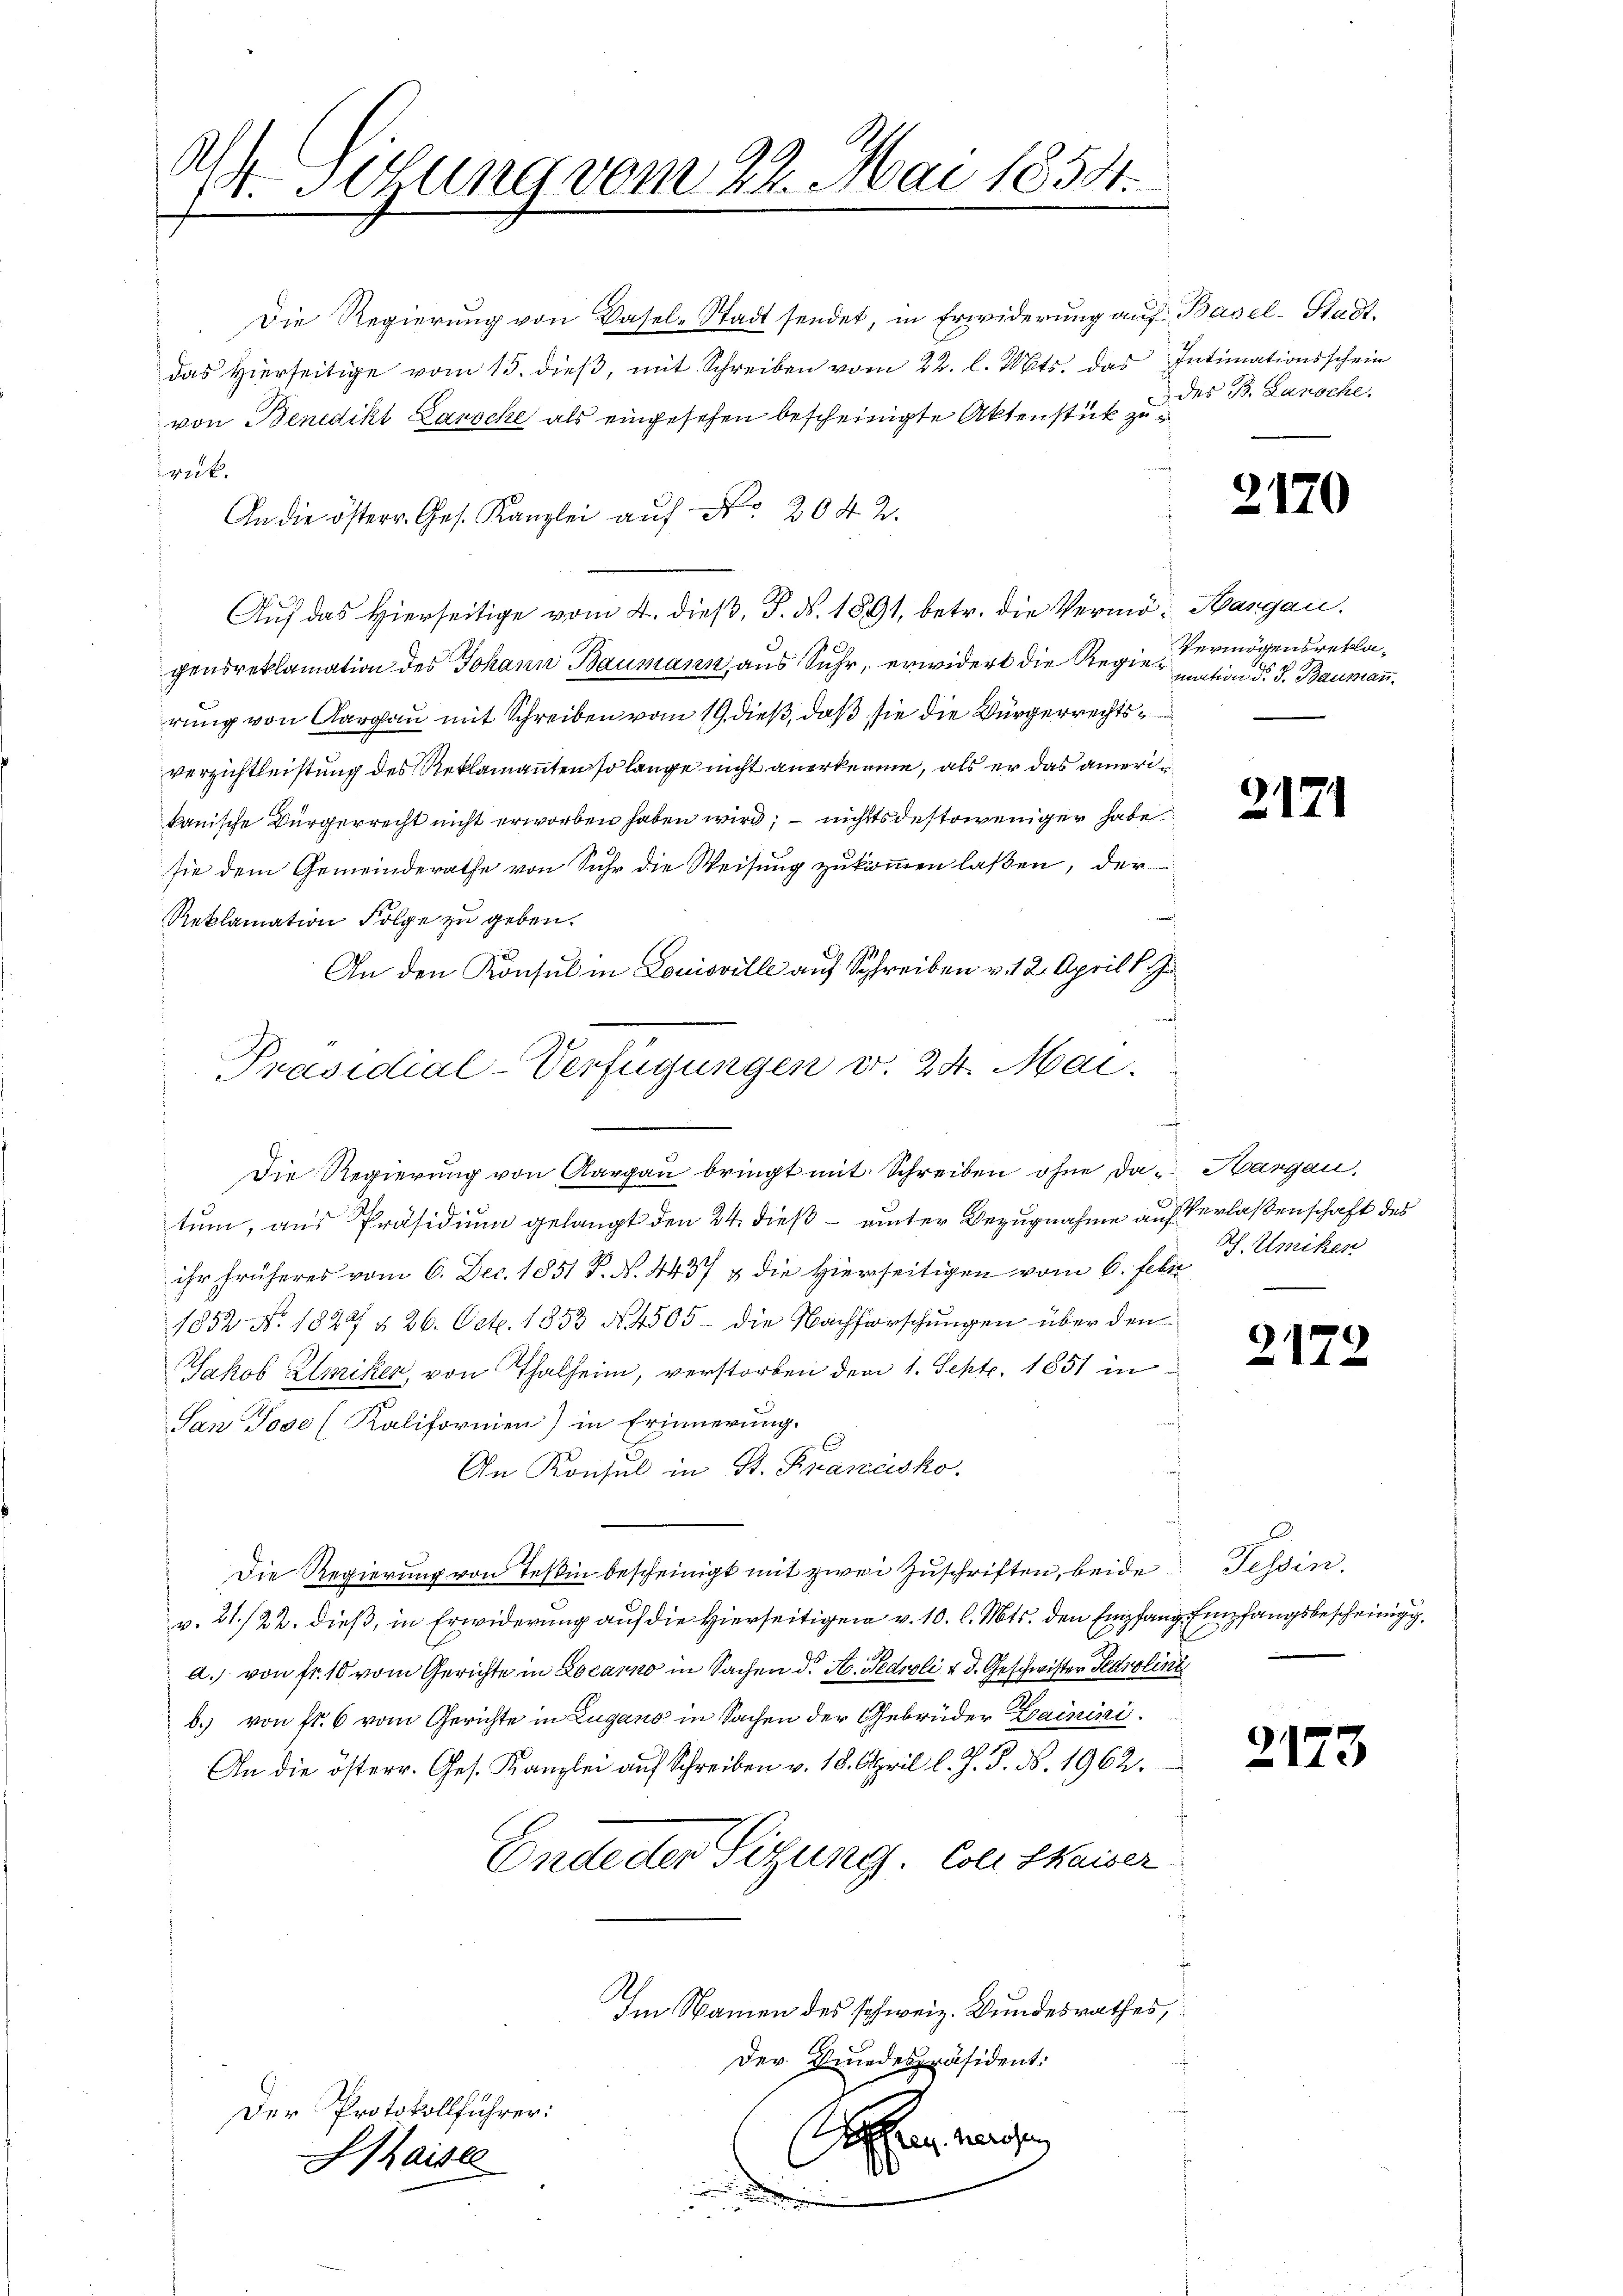
.
1. Sitzung vom 22. Mai 1858.
h

Die Regierung von Basel-Stadt sendet, in Erwiderung auf Basel-Stadt.
das hierseitige vom 15. dieβ, mit Schreiben vom 22. l. Mts. das Intimationsschein
von Benedikt Larocke als eingesehen bescheinigte Aktenstück zu
rück.
An die österr. Ges. Kanzlei auf Nr. 204. 2.
Auf das Hierseitige vom 4. dieß, P. Nr. 1891, betr. die Vermö- Aargau.
gensreklamation des Johann Baumann aus Suhr, erwidert die Regier mation d. J. Bauman
rung von Aargau mit Schreiben vom 19. dieß, daß sie die Bürgerrechtsverzichtleistung des Reklamanten so lange nicht anerkenne, als er das amerikanische Bürgerrecht nicht erworben haben wird, nichtsdestoweniger habe
sie dem Gemeinderathe von Suhr die Weisung zukommen laßen, der
Reklamation Folge zu geben.
An den Konsul in Louisville auf Schreiben v. 12. April l. J.
.
Die Regierung von Aargau bringt mit Schreiben ohne das Hargau,
tum, aus Präsidium gelangt den 24. dieß – unter Bezugnahme auf Verlassenschaft des
ihr früheres vom 6. Dec. 1851 P. N. 4437 & die Hierseitigen vom 6. Febr
1852 No. 1822 § 26. Oct. 1853 No 4505. die Nachforschungen über den
Jakob Zlmiker, von Thalheim, verstorben dem 1. Sept. 1851 in
San Tose (Kaliformen) in Erinnerung.
x
An Konsul in St. Krancisko
Die Regierung von Teßin bescheinigt mit zwei Zuschriften, beide Tessin,
v. 21/22. dieß, in Erwiderung auf die Hierseitigen v. 10. l. Mts. den Empfang Empfangsbescheinigg
a.) von fr. 10 vom Gerichte in Locarno in Sachen d. St. Fedioli & d. Geschwister Parolini
b.) von fr. 6 vom Gerichte in Zugano in Sachen der Gebrüder Hainini¬
An die österr. Ges. Kanzlei auf Schreiben v. 18. April l. J. P. N. 1962.
Endeder Sitzung. Coll Kaiser
Im Namen des schweiz. Kundesrathes,
der Kindespräsident:
Der Protokollführer:
hang machen
1
Hhaiser
.

Präsidial-Verfügungen v. 24. Mai.

des B. Lansche.

2170

Vermögensrekla¬

2171

Pf. Umiken

2172

2173